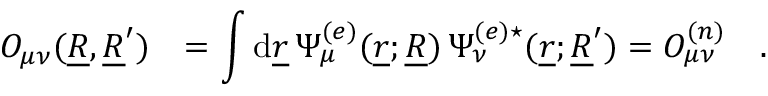
\begin{array} { r l } { O _ { \mu \nu } ( \underline { { R } } , \underline { { R } } ^ { \prime } ) } & { = \displaystyle \int \mathrm { d } \underline { { r } } \, \Psi _ { \mu } ^ { ( e ) } ( \underline { { r } } ; \underline { { R } } ) \, \Psi _ { \nu } ^ { ( e ) \star } ( \underline { { r } } ; \underline { { R } } ^ { \prime } ) = O _ { \mu \nu } ^ { ( n ) } \quad . } \end{array}